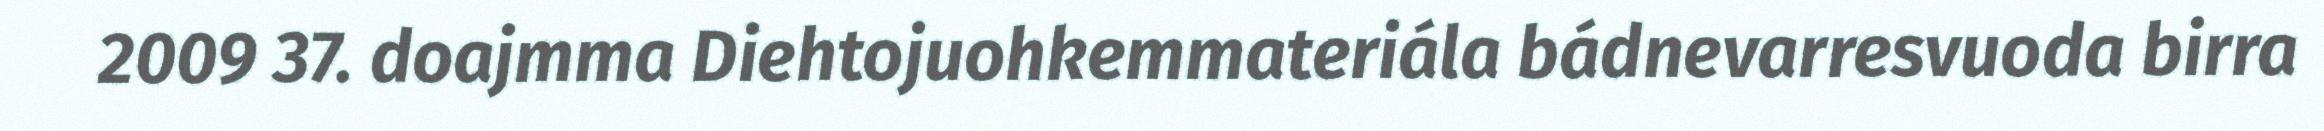
2009 37. doajmma Diehtojuohkemmateriála bádnevarresvuoda birra